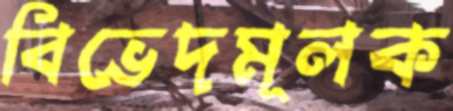
বিভেদমূলক